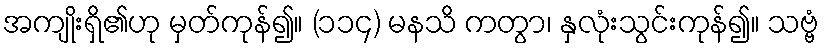
အကျိုးရှိ၏ဟု မှတ်ကုန်၍။ (၁၁၄) မနသိ ကတွာ၊ နှလုံးသွင်းကုန်၍။ သဗ္ဗံ